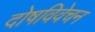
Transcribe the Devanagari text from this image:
दोषविवेचन